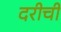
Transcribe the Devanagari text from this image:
दरीची